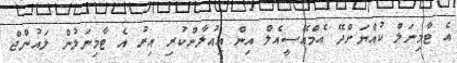
އެ ޓާމިނަލް ކުއްޔަށްދޭ އެމްއޭސީއެލް އިން އިއުލާންކުރި އިރު އެ ޓާމިނަލުން ލައުންޖް